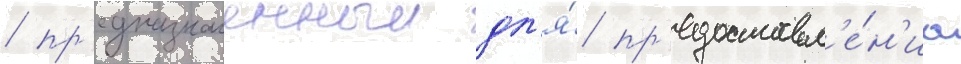
/ пр'едназначенныи дл'я́ пр'едоставл'е́н'иа